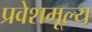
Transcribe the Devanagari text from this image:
प्रवेशमूल्य